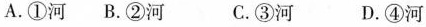
A.①河B.②河C.③河D.④河